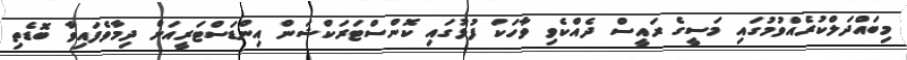
މިބައްދަލްކުރެއްވުމުގައި މަސީގެ ރައީސް ދެއްކެވި ވާހަކަ ފުޅުގައި ކޮންސްޓަރަކްޝަން އިންޑަސްޓަރީއަށް ދިމާވެފައިވާ ބޮޑެތި